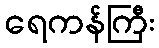
ရေကန်ကြီး